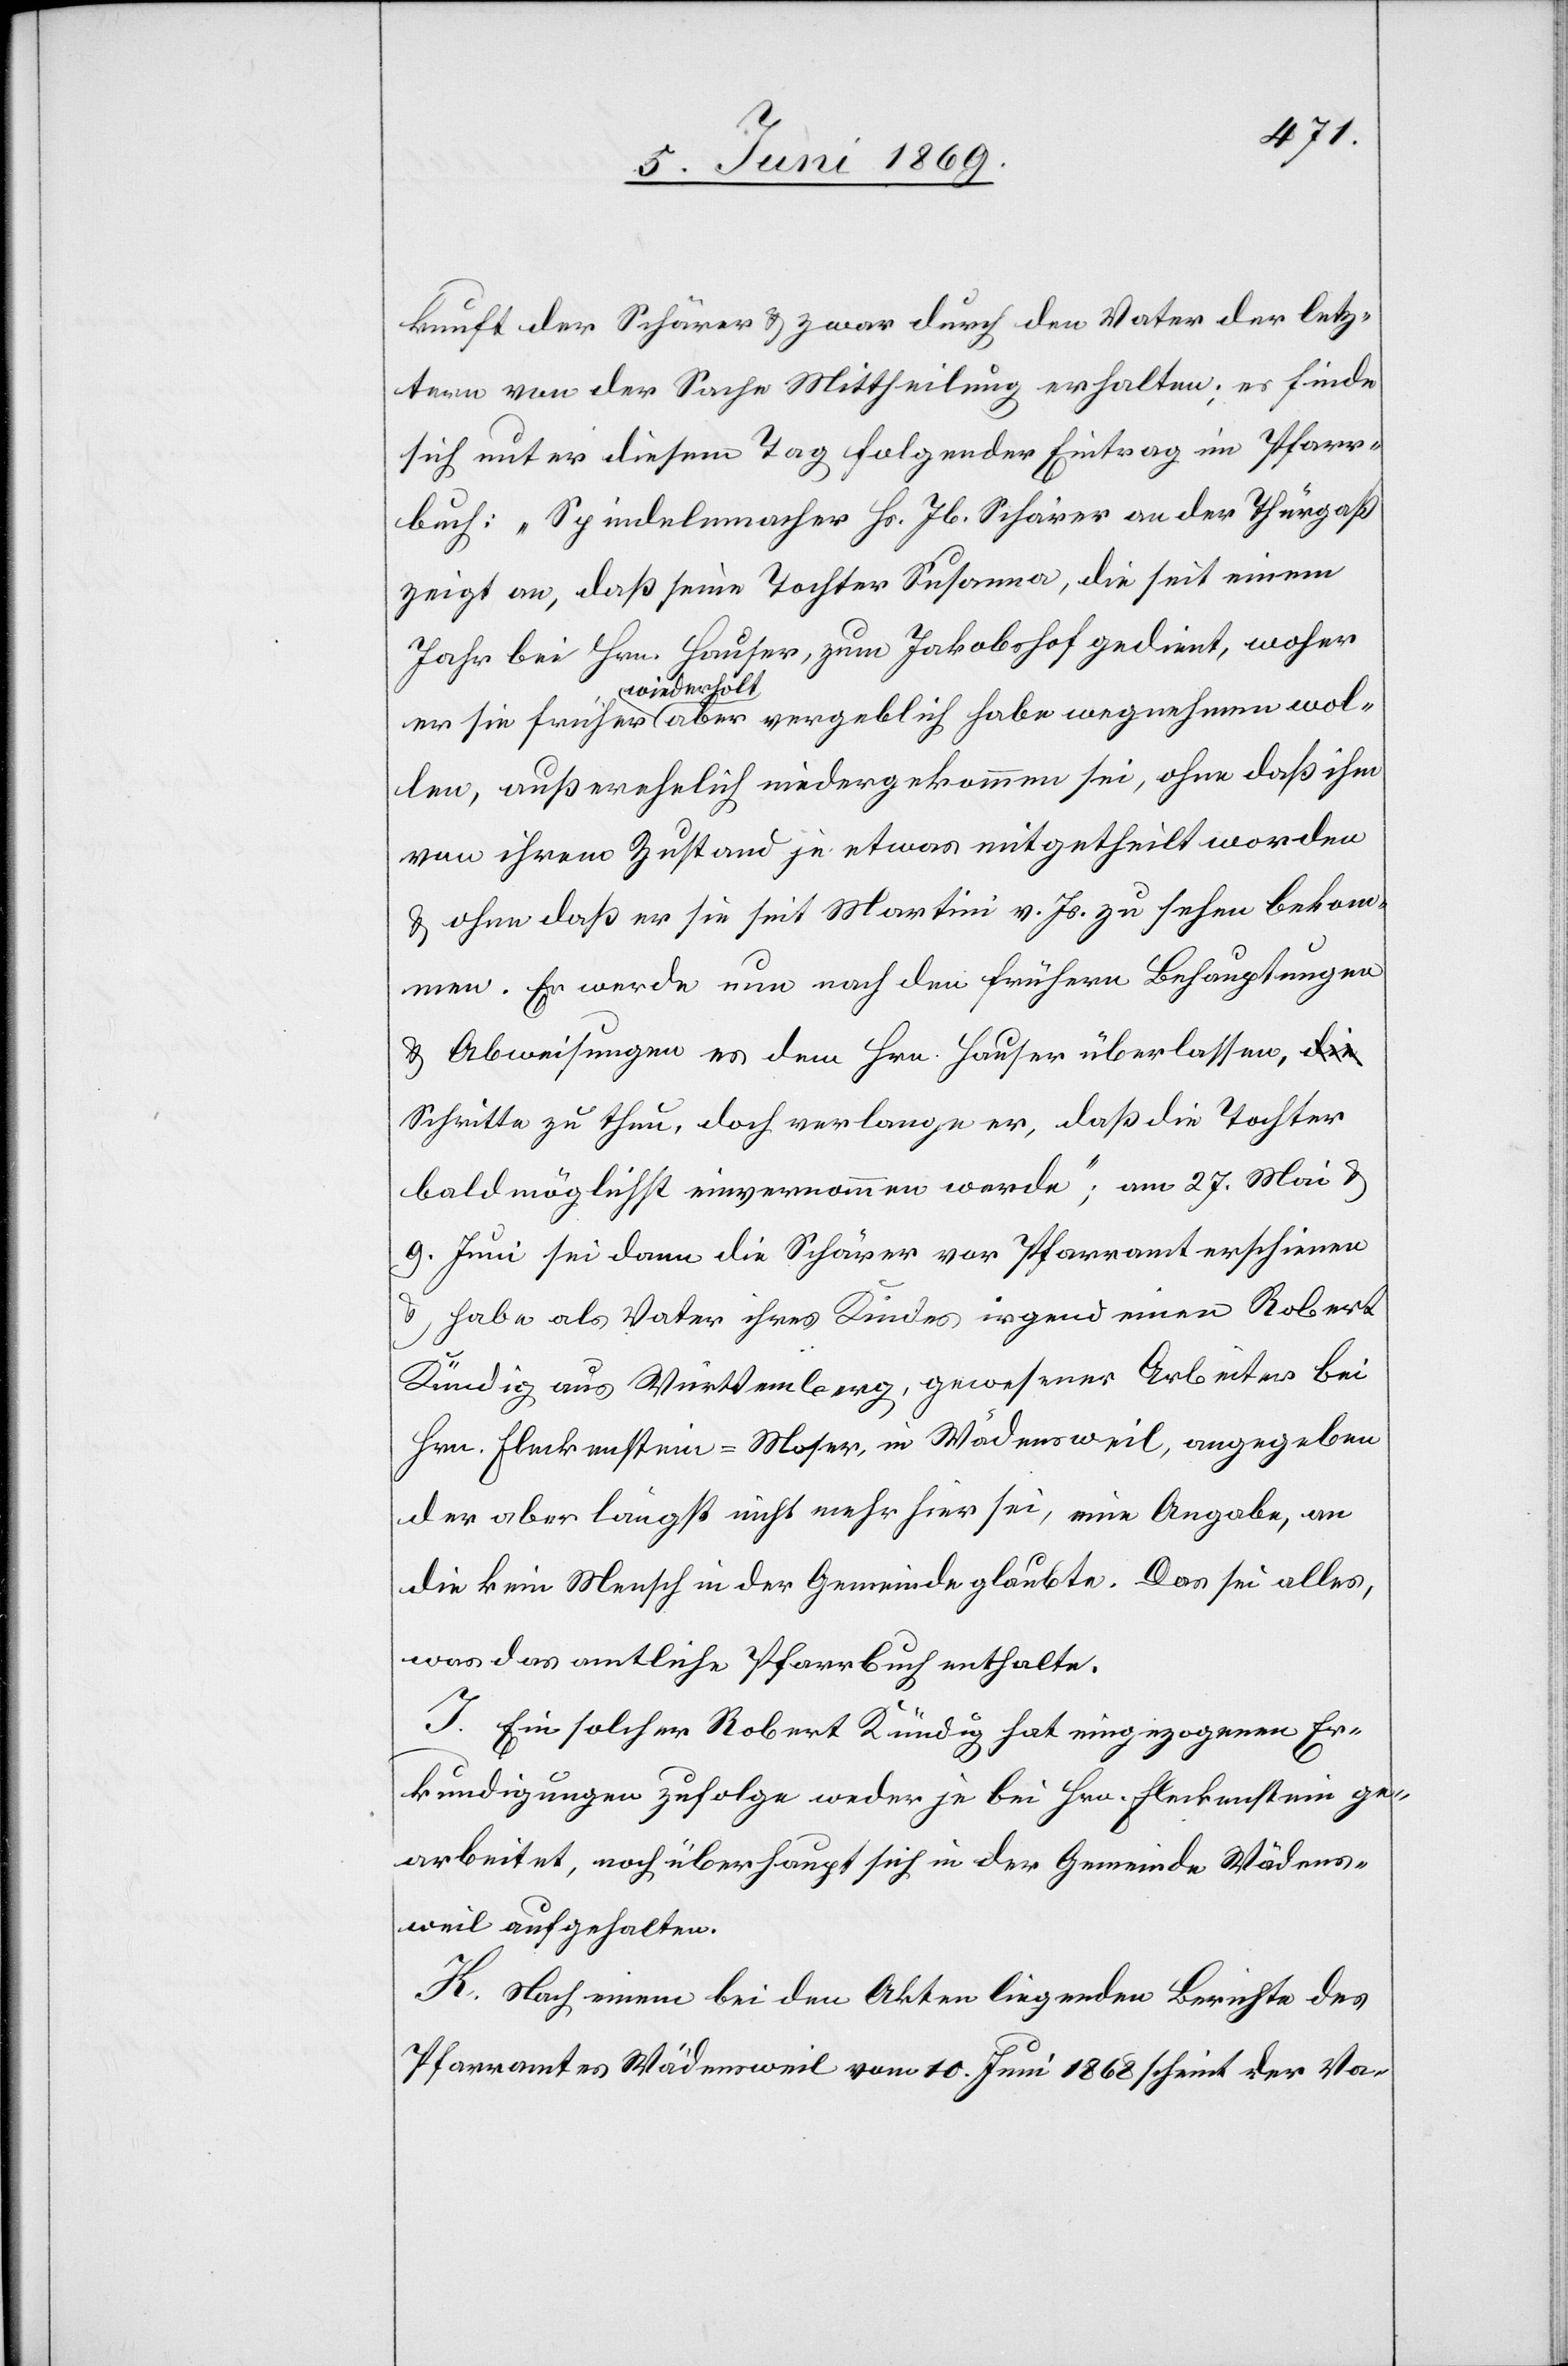
kunft der Schärer u. zwar durch den Vater der letz¬
tern von der Sache Mittheilung erhalten, es finde
sich unter diesem Tag folgender Eintrag im Pfarr¬
buch: „Spindelmacher Hs. Jb. Schärer an der Thürgaß
zeigt an, daß seine Tochter Susanna, die seit einem
Jahr bei Hrn. Hauser, zum Jakobshof gedient, woher
er sie früher wiederholt aber vergeblich habe wegnehmen wol¬
len, außerehelich niedergekommen sei, ohne daß ihm
von ihrem Zustand je etwas mitgetheilt worden
u. ohne daß er sie seit Martini v. Js. zu sehen beko¬
mmen. Er werde nun nach den frühern Behauptungen
u. Abweisungen es dem Hrn. Hauser überlassen,
Schritte zu thun, doch verlange er, daß die Tochter
baldmöglichst einvernommen werde; am 27. Mai u.
9. Juni sei dann die Schärer vor Pfarramt erschienen
u. habe als Vater ihres Kindes irgend einen Robert
Kündig aus Württemberg, gewesener Arbeiter bei
Hrn. Fleckenstein-Moser, in Wädensweil, angegeben
der aber längst nicht mehr hier sei, eine Angabe, an
die kein Mensch in der Gemeinde glaubte. Das sei alles,
was das amtliche Pfarrbuch enthalte.
J. Ein solcher Robert Kündig hat eingezogenen Er¬
kundigungen zufolge weder je bei Hrn. Fleckenstein ge¬
arbeitet, noch überhaupt sich in der Gemeinde Wädens¬
weil aufgehalten.
K. Nach einem bei den Akten liegenden Berichte des
Pfarramtes Wädensweil vom 10. Juni 1868 scheint der Va-